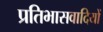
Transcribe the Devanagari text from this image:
प्रतिभासवादियों